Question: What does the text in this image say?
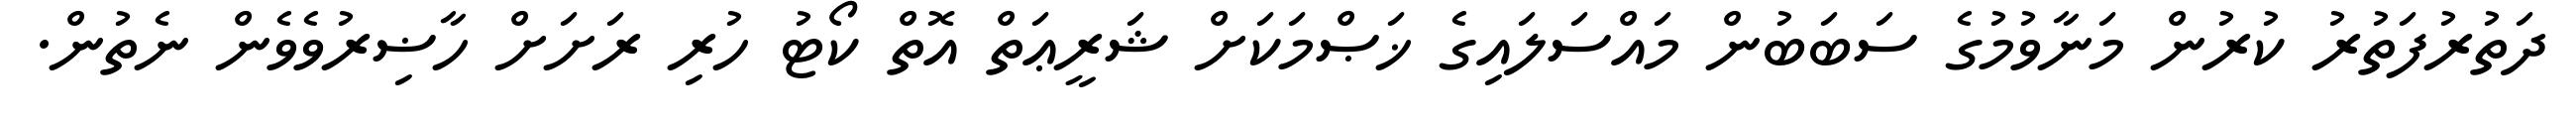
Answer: ދަތުރުފަތުރު ކުރުން މަނާވުމުގެ ސަބަބުން މައްސަލައިގެ ޚަޞްމަކަށް ޝަރީޢަތް އޮތް ކޯޓު ހުރި ރަށަށް ހާޟިރުވެވެން ނެތުން.